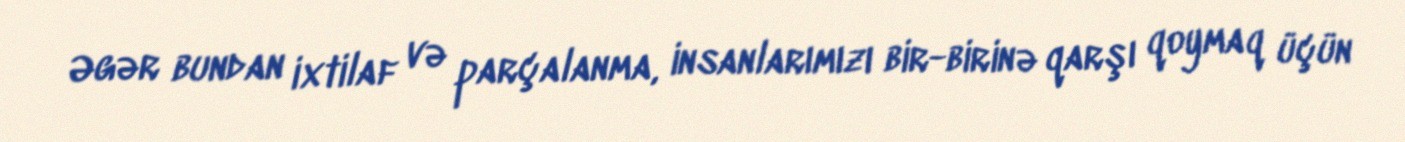
Əgər bundan ixtilaf və parçalanma, insanlarımızı bir-birinə qarşı qoymaq üçün